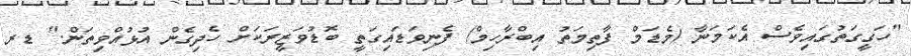
"ހަގީގަތުގައިވެސް އެކަމަނާ (މެޑަމް ފާތިމަތު އިބްރާހިމް) ފެނިވަޑައިގަތީ ބޮޑުވަޒީރަކަށް ހެެދިގެން އުޅުއްވިތަން." ޑރ